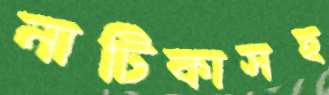
নাটিকাসহ